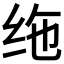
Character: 𫄟